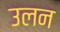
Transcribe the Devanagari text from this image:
उलन